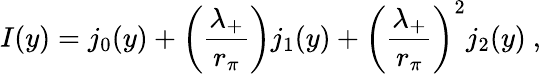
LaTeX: I(y)=j_{0}(y)+\left(\frac{\lambda_{+}}{r_{\pi}}\right)j_{1}(y)+\left(\frac{\lambda_{+}}{r_{\pi}}\right)^{2}j_{2}(y)\ ,